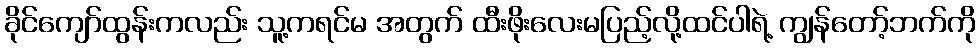
ခိုင်ကျော်ထွန်းကလည်း သူ့ကရင်မ အတွက် ထီးဖိုးလေးမပြည့်လို့ထင်ပါရဲ့ ကျွန်တော့်ဘက်ကို